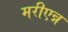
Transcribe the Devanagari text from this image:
मरीएन्न